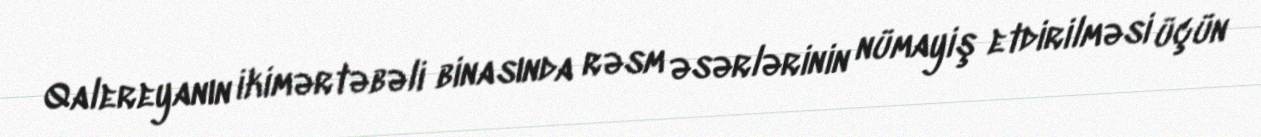
Qalereyanın ikimərtəbəli binasında rəsm əsərlərinin nümayiş etdirilməsi üçün